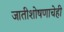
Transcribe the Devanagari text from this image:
जातीशोषणाचेही